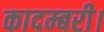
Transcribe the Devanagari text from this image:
कादम्बरी।